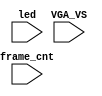
`timescale 1ns/1ps

module mist_dump(
    input           VGA_VS,
    input           led,
    input   [31:0]  frame_cnt
);

`ifdef DUMP
`ifndef NCVERILOG // iVerilog:
    initial begin
        // #(200*100*1000*1000);
        $display("DUMP enabled");
        $dumpfile("test.lxt");
    end
    `ifdef DUMP_START
    always @(negedge VGA_VS) if( frame_cnt==`DUMP_START ) begin
    `else
        initial begin
    `endif
        $display("DUMP starts");
        `ifdef DEEPDUMP
            $dumpvars(0,mist_test);
        `else
            $dumpvars(1,mist_test.UUT.u_game.u_sound);
            $dumpvars(0,mist_test.UUT.u_game.u_sound.u_adpcm);
        `endif
        $dumpon;
    end
`else // NCVERILOG
    `ifdef DUMP_START
    always @(negedge VGA_VS) if( frame_cnt==`DUMP_START ) begin
    `else
    initial begin
    `endif
        $shm_open("test.shm");
        `ifdef DEEPDUMP
            $display("NC Verilog: will dump all signals");
            $shm_probe(mist_test,"AS");
        `else
            $display("NC Verilog: will dump selected signals");
            $shm_probe(frame_cnt);
            $shm_probe(UUT.u_game.u_main,"A");
            $shm_probe(UUT.u_game.u_sub,"A");
            $shm_probe(UUT.u_game,"A");
        `endif
    end
`endif
`endif

endmodule // mist_dump